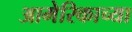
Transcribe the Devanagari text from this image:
आमेरिकाच्या